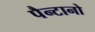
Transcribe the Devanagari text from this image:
पैन्टानो